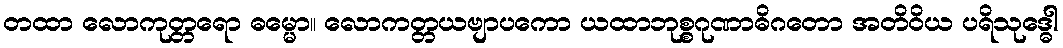
တထာ လောကုတ္တရော ဓမ္မော။ လောကတ္တယဗျာပကော ယထာဘုစ္စဂုဏာဓိဂတော အတိဝိယ ပရိသုဒ္ဓေါ